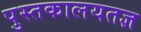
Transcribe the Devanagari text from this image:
पुस्तकालयतज्ञ